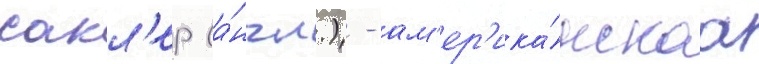
сакл'ер (а́нгл.) - ам'ер'ика́нскаа